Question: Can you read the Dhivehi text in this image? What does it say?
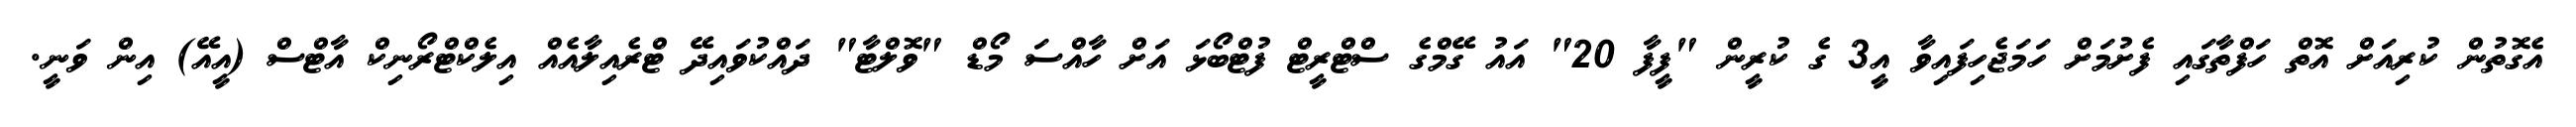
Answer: އެގޮތުން ކުރިއަށް އޮތް ހަފްތާގައި ފެށުމަށް ހަމަޖެހިފައިވާ އީ3 ގެ ކުރީން "ފީފާ 20" އައު ގޭމްގެ ސްޓްރީޓް ފުޓްބޯޅަ އަށް ހާއްސަ މޯޑް "ވޮލްޓާ" ދައްކުވައިދޭ ޓްރެއިލާއެއް އިލެކްޓްރޯނިކް އާޓްސް (އީއޭ) އިން ވަނީ.